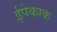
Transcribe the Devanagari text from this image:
ईपेकाक